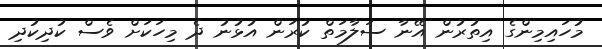
މުހައިމިންގެ އިތުރުން އޭނާ ސަލާމަތް ކުރަން އުޅުނު ދެ މިހަކަށް ވެސް ކުދިކުދި